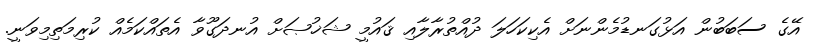
އޭގެ ސަބަބުން އަޅުގަނޑުމެންނަށް އެކިކަހަލަ ދުއްތުރާލާއި ޤައުމީ ޝަޚުޞަށް އުނދަގޫވާ އެތައްކަމެއް ކުރިމަތިމިވަނީ.